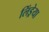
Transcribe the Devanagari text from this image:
लिंड्रेया